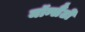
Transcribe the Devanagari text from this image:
मॉन्सैंटो